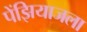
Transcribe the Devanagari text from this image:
पेंझियाजला